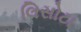
લિસોટા